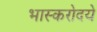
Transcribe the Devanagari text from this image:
भास्करोदये